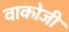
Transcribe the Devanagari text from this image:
वाकोजी